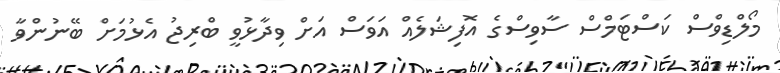
މޯލްޑިވްސް ކަސްޓަމްސް ސާވިސްގެ އޮފިޝަލެއް އަވަސް އަށް ވިދާޅުވީ ބްރިޖު އެޅުމަށް ބޭނުންވާ